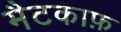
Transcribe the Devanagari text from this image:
मैटकाफ़